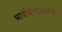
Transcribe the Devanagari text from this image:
भावसिन्हामार्फत